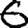
Digit: 6